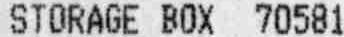
STORAGE BOX 70581